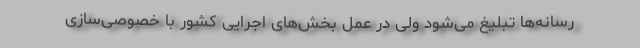
رسانه‌ها تبلیغ می‌شود ولی در عمل بخش‌های اجرایی کشور با خصوصی‌سازی